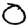
Digit: 0